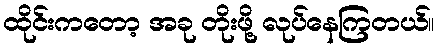
ထိုင်းကတော့ အခု တိုးဖို့ လုပ်နေကြတယ်။